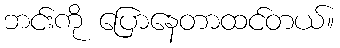
ဘင်းကို ပြောနေတာထင်တယ်။